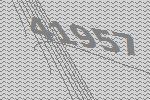
41957